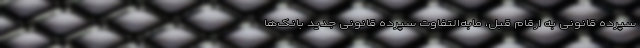
سپرده قانونی به ارقام قبل، مابه‌التفاوت سپرده قانونی جدید بانک‌ها